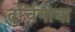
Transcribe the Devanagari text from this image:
तुर्चिनोवा